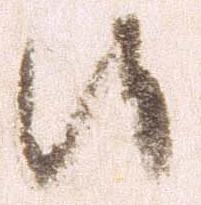
候